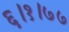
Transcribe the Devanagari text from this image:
६।१।७७